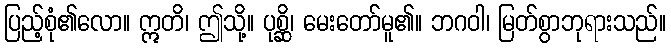
ပြည့်စုံ၏လော။ ဣတိ၊ ဤသို့။ ပုစ္ဆိ၊ မေးတော်မူ၏။ ဘဂဝါ၊ မြတ်စွာဘုရားသည်။